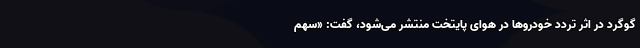
گوگرد در اثر تردد خودروها در هوای پایتخت منتشر می‌شود، گفت: «سهم